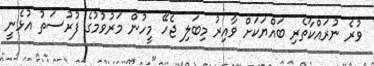
ވުރެ ނުރައްކާތެރި ބައްޔަކަށް ވާއިރު މިބަލި ޖެހޭ މީހުން މަރުވުމުގެ ފުރުސަތު އުޅެނީ